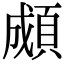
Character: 䫆